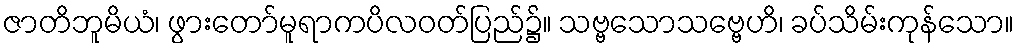
ဇာတိဘူမိယံ၊ ဖွားတော်မူရာကပိလဝတ်ပြည်၌။ သဗ္ဗသောသဗ္ဗေဟိ၊ ခပ်သိမ်းကုန်သော။